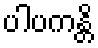
ပါပကန္တိ